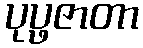
ပုပ္ဖဇာတာ